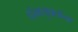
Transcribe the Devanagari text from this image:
धंमयुक्तांना